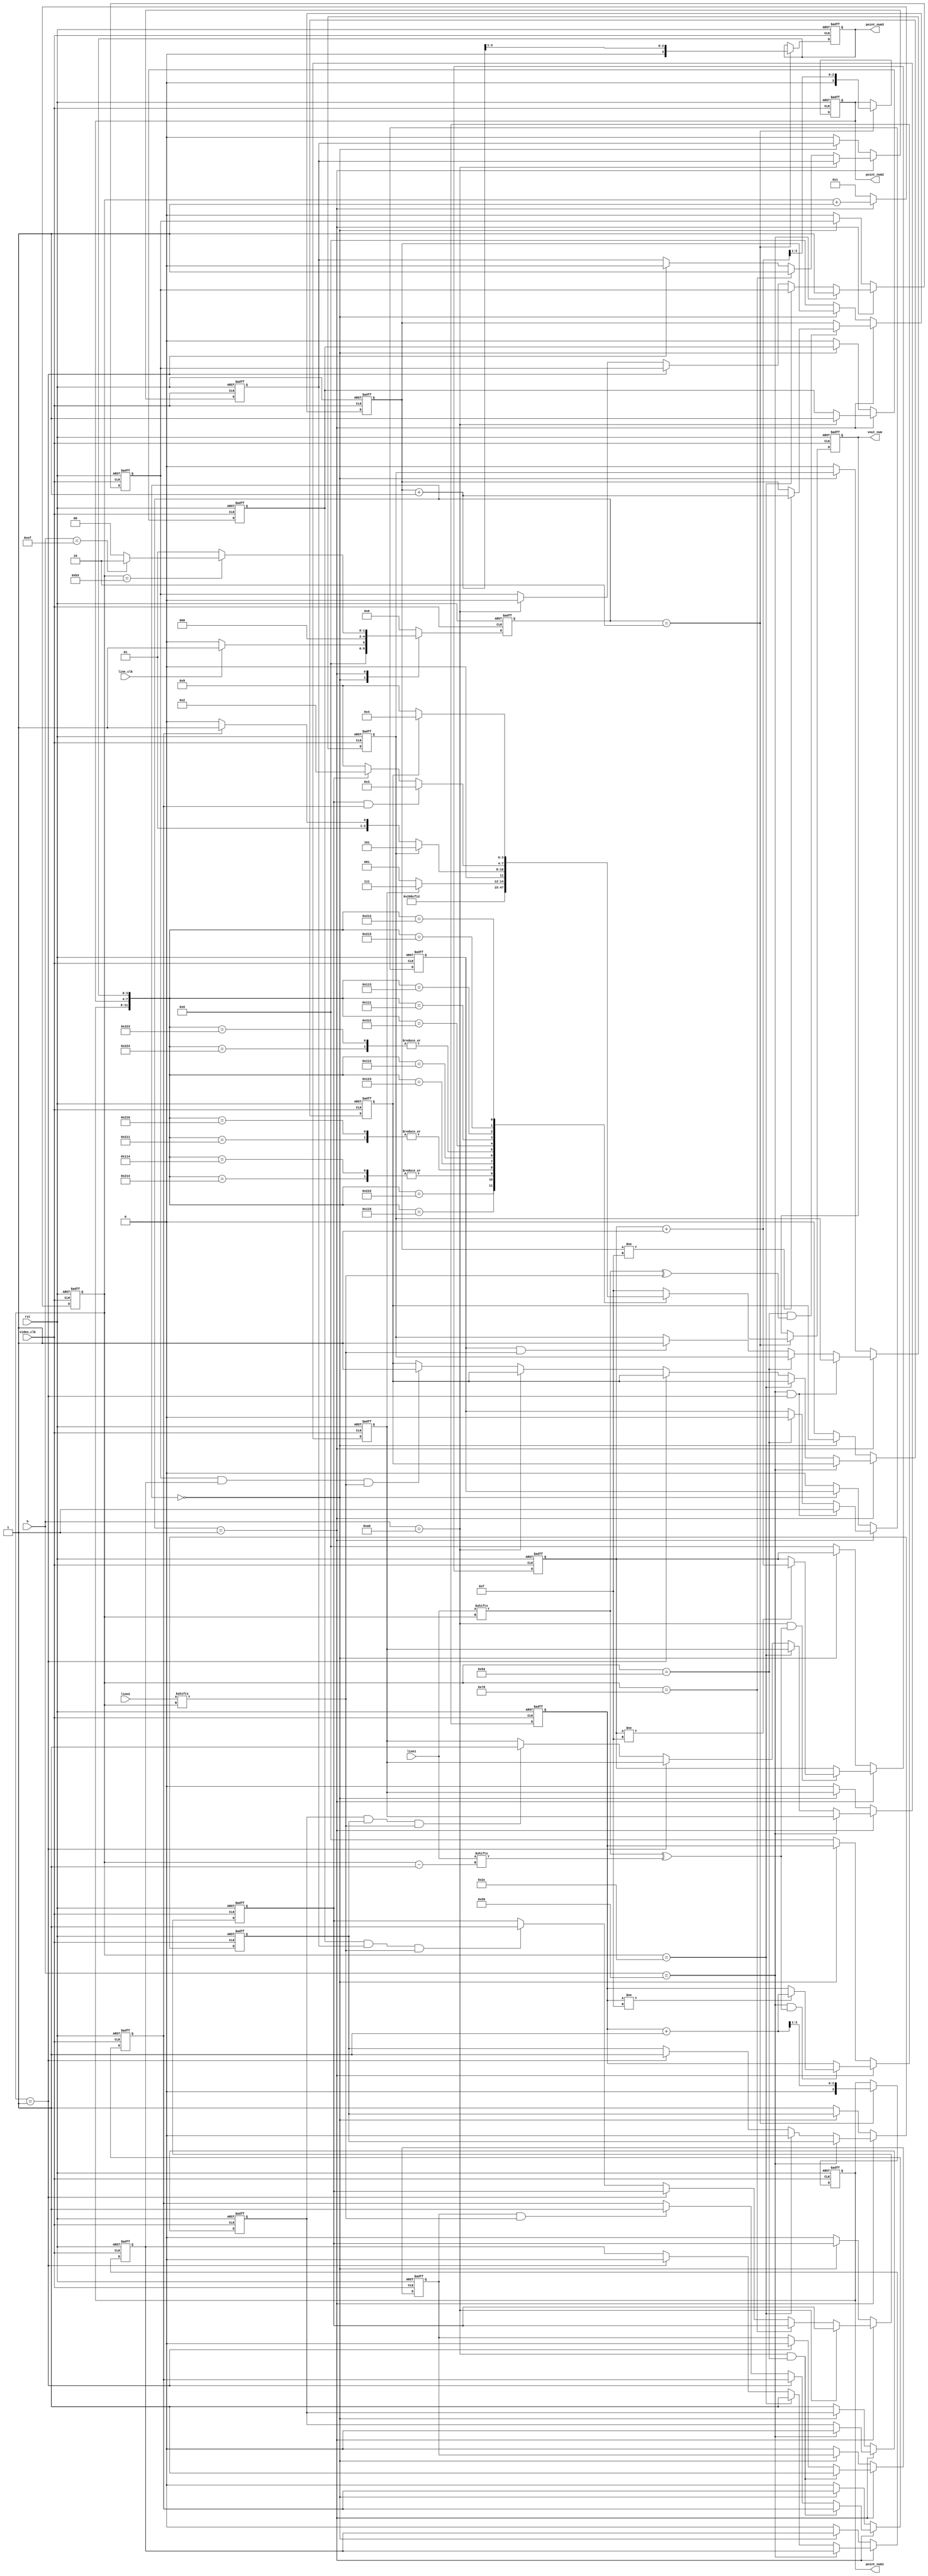
module video_process
#(
	parameter DATA_WIDTH = 8,                      // Video data one clock data width
	parameter we = 180,								// vertical end
	parameter he = 240,								// horizontal end

   parameter h1 = 80,                              // horizontal standards
   parameter h2 = 160,
	parameter w1 = 90                               // vertical standard
	 
)
(
	input                       line_clk,        	// Points clk
	input								 video_clk, 			// Video clock
	input                       rst,
	input[we - 1:0]       		 line1,	            // 0-black  1-white
	input[we - 1:0]      		 line2,

	input[DATA_WIDTH - 1:0]		 h,						// row
	output reg[3:0]              vout_num,            // the number in video
	output reg[3:0]					 point_num1,
	output reg[3:0]					 point_num2,
	output reg[3:0]					 point_num3
);

reg					  		frame_flag;		 // A frame of data is ready

//------------------------------------
//------------------------------------

reg[3:0]                point_num1_d0;
reg[3:0]                point_num2_d0;
reg[3:0]                point_num3_d0;
reg[7:0]	    	   		tick;

reg[4:0]						state;
reg[4:0]						next_state;

//reg[3:0]						vout_num_r;

reg                    	flag1;       // left above
reg		               flag2;       // right below
reg 				   		flag3 = 0;		// right center 
reg					 	   position1 = 0;	// right h2
reg		               position2 = 0;   // left h1 

wire[11:0]					point_num;
//assign				vout_num = vout_num_r;
assign				point_num[11:8] = point_num1;
assign				point_num[7:4] = point_num2;
assign				point_num[3:0] = point_num3;

parameter	idle = 5'd0;
parameter	ready = 5'd1;
parameter   check = 5'd2;

always@(posedge video_clk or posedge rst)
begin
	if(rst == 1'b1)
	begin
		state<=idle;
	end
	else
		state<=next_state;
end

always@(*) //
begin
 	case(state)
		idle	:	begin												
						if(line_clk == 1'b1)
							next_state <= ready;
						else
							next_state <= idle;
					end
		ready	: 	begin						
						if(tick == we-1)
						begin
							if(h == he-1)
								next_state <= check;					
							else 	
								next_state <= idle;					
						end
						else
							next_state <= ready;						
					end
		check	:	begin
						next_state <= idle;	
					end					
	default	:	next_state <= idle;
	endcase;
end

//tick
always@(posedge video_clk or posedge rst)
begin
	if(rst == 1'b1)
		tick <= 8'b1;
	else if(state == ready)
		tick <= tick + 8'b1;
	else tick <= 8'b1;
end

//point_number1d0
always@(posedge video_clk or posedge rst)
begin
	if(rst == 1'b1)
		point_num1_d0 <= 4'b0;		
	else if(state == ready)
	begin
		if (h == h1 && (line1[tick]^line1[tick-1]) == 1 )
		begin
			if(point_num1_d0 != 4'hf)
				point_num1_d0 <= point_num1_d0+4'b1;
		end
		else 
			point_num1_d0 <= point_num1_d0;
	end
	else if(state == idle)
		point_num1_d0 <= point_num1_d0;
	else 
		point_num1_d0 <= 4'd0;
end

//point_number2d0
always@(posedge video_clk or posedge rst)
begin
	if(rst == 1'b1)
		point_num2_d0 <= 4'b0;		
	else if(state == ready)
	begin
		if (h == h2 && (line1[tick]^line1[tick-1]) == 1 )
		begin
			if(point_num2_d0 != 4'hf)
				point_num2_d0 <= point_num2_d0+4'b1;
		end
		else 
			point_num2_d0 <= point_num2_d0;
	end
	else if(state == idle)
		point_num2_d0 <= point_num2_d0;
	else 
		point_num2_d0 <= 4'd0;
end

//point_number3d0
always@(posedge video_clk or posedge rst)
begin
	if(rst == 1'b1)
		point_num3_d0 <= 4'b0;		
	else if(state == ready)
	begin
		if (tick == w1 && (line1[tick]^line2[tick]) == 1 )
		begin
			if(point_num3_d0 != 4'hf)
				point_num3_d0 <= point_num3_d0+4'b1;
		end
		else 
			point_num3_d0 <= point_num3_d0;
	end
	else if(state == idle)
		point_num3_d0 <= point_num3_d0;
	else 
		point_num3_d0 <= 4'd0;
end

//point_number
always@(posedge video_clk or posedge rst)
begin
	if(rst == 1'b1)
	begin
		point_num1 <= 4'b0;
		point_num2 <= 4'b0;
		point_num3 <= 4'b0;		
	end
	else if(state == check)
	begin
		point_num1 <= point_num1_d0 + 4'b1 >> 1;
		point_num2 <= point_num2_d0 + 4'b1 >> 1;
		point_num3 <= point_num3_d0 + 4'b1 >> 1;
	end
	else
	begin
		point_num1 <= point_num1;
		point_num2 <= point_num2;
		point_num3 <= point_num3;
	end
end



always@(posedge video_clk or posedge rst)
begin
	if (rst == 1'b1)
		vout_num <= 4'hf;
	else if (state == check)
	begin		
		case(point_num)			
			12'b0010_0010_0010: 		vout_num <= 0;
			12'b0001_0001_0000: 		vout_num <= 1;
			12'b0001_0001_0100, 12'b0010_0001_0100: 
											vout_num <= 3;
			12'b0010_0001_0000, 12'b0010_0001_0001: 	
											vout_num <= 4;
			12'b0001_0010_0011: 		vout_num <= 6;
			12'b0001_0001_0010: 		vout_num <= 7;
			12'b0010_0010_0011, 12'b0010_0010_0100: 	
											vout_num <= 8;
			12'b0011_0001_0010:		vout_num <= 9;
			12'b0001_0001_0001: 		
			begin
				if (flag1) 	vout_num <= 7;
				else		vout_num <= 1;
			end

			12'b0001_0001_0011:
			begin 
				if (position2) 
					vout_num <= 5;
				else if(position1)
					vout_num <= 3;
				else
					vout_num <= 2;
			end

			12'b0010_0001_0011:
			begin
				if (flag2 && position1)	
					vout_num <= 3;
				else if (flag2)
					vout_num <= 2;
				else
					vout_num <= 9;
			end

			12'b0010_0001_0010:
			begin
				if (flag3)	vout_num <= 4;
				else		vout_num <= 9;
			end
			default: vout_num <= 4'hf;
		endcase
	end
	else
		vout_num <= vout_num;
end


//flag1
reg			b_w60;
reg			b_h80;
always@(posedge video_clk or posedge rst)
begin
	if(rst == 1'b1)
	begin
		flag1 <= 1'b0;	
		b_h80 <= 1'b1;
		b_w60 <= 1'b1;
	end
	else if(state == ready)
	begin
		if (h == h1) 
			b_h80 <= 1'b0;
		else if (tick == 8'd60) 
			b_w60 <= 1'b0;
		else if (tick == 8'd1)
			b_w60 <= 1'b1;
		else if (b_h80 && b_w60 && line2[tick])
			flag1 <= 1'b1;
	end
	else if (state == idle)
	begin
		b_h80 <= b_h80;
		b_w60 <= b_w60;
		flag1 <= flag1;
	end
	else
	begin
		b_h80 <= 1'b1;
		b_w60 <= 1'b1;
		flag1 <= 1'b0;
	end
end

//flag2
reg			a_w120;
reg			a_h160;
always@(posedge video_clk or posedge rst)
begin
	if(rst == 1'b1)
	begin
		flag2 <= 1'b0;	
		a_h160 <= 1'b0;
		a_w120 <= 1'b0;
	end
	else if(state == ready)
	begin
		if (h == 8'd160) 
			a_h160 <= 1'b1;
		else if (tick == 8'd120) 
			a_w120 <= 1'b1;
		else if (tick == 8'd1)
			a_w120 <= 1'b0;
		else if (a_h160 && a_w120 && line2[tick])
			flag2 <= 1'b1;
	end
	else if (state == idle)
	begin
		a_h160 <= a_h160;
		a_w120 <= a_w120;
		flag2 <= flag2;
	end
	else
	begin
		a_h160 <= 1'b0;
		a_w120 <= 1'b0;
		flag2 <= 1'b0;
	end
end


//flag3
reg			c_w120;
reg			c_h1_h2;
always@(posedge video_clk or posedge rst)
begin
	if(rst == 1'b1)
	begin
		flag3 <= 1'b0;	
		c_h1_h2 <= 1'b0;
		c_w120 <= 1'b0;
	end
	else if(state == ready)
	begin
		if (h == h1) 
			c_h1_h2 <= 1'b1;
		else if (tick == 8'd60) 
			c_w120 <= 1'b1;
		else if (tick == 8'd1)
			c_w120 <= 1'b0;
		else if (h == h2)
			c_h1_h2 <= 1'b0;
		else if (c_h1_h2 && c_w120 && line2[tick])
			flag3 <= 1'b1;
	end
	else if (state == idle)
	begin
		c_h1_h2 <= c_h1_h2;
		c_w120 <= c_w120;
		flag3 <= flag3;
	end
	else
	begin
		c_h1_h2 <= 1'b0;
		c_w120 <= 1'b0;
		flag3 <= 1'b0;
	end
end

//position1
reg	right_h2;
always@(posedge video_clk or posedge rst)
begin
	if (rst)
	begin
		position1<= 1'b0;
		right_h2 <= 1'b0;
	end
	else if (state == ready)
	begin
		if (h == h2 && tick == 8'd90)
			right_h2 <= 1'b1;
		else if (tick == 1)
			right_h2 <= 1'b0;
		else if (right_h2 && line2[tick])
			position1 <= 1'b1;
	end
	else if (state == idle)
	begin
		position1<= position1;
		right_h2 <= right_h2;
	end
	else
	begin
		position1<= 1'b0;
		right_h2 <= 1'b0;
	end
end

//position2
reg	left_h1;
always@(posedge video_clk or posedge rst)
begin
	if (rst)
	begin
		position2<= 1'b0;
		left_h1 <= 1'b0;
	end
	else if (state == ready)
	begin
		if (h == h1 && tick == 8'd1)
			left_h1 <= 1'b1;
		else if (tick == 8'd90)
			left_h1 <= 1'b0;
		else if (left_h1 && line2[tick])
			position2 <= 1'b1;
	end
	else if (state == idle)
	begin
		position2<= position2;
		left_h1 <= left_h1;
	end
	else
	begin
		position2<= 1'b0;
		left_h1 <= 1'b0;
	end

end
endmodule